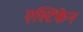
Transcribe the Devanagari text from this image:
एस्टिफेन